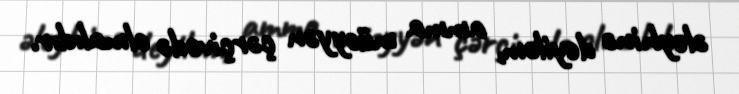
əleyhinə deyiləm, amma müəyyən çərçivədə olmalıdır.